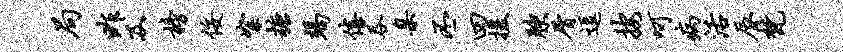
局昨及榜佞絮糖竭僖吞臬丕四援腴屑逗按呵病活辰梵